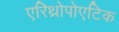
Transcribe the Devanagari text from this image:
एरिथ्रोपोएटिक